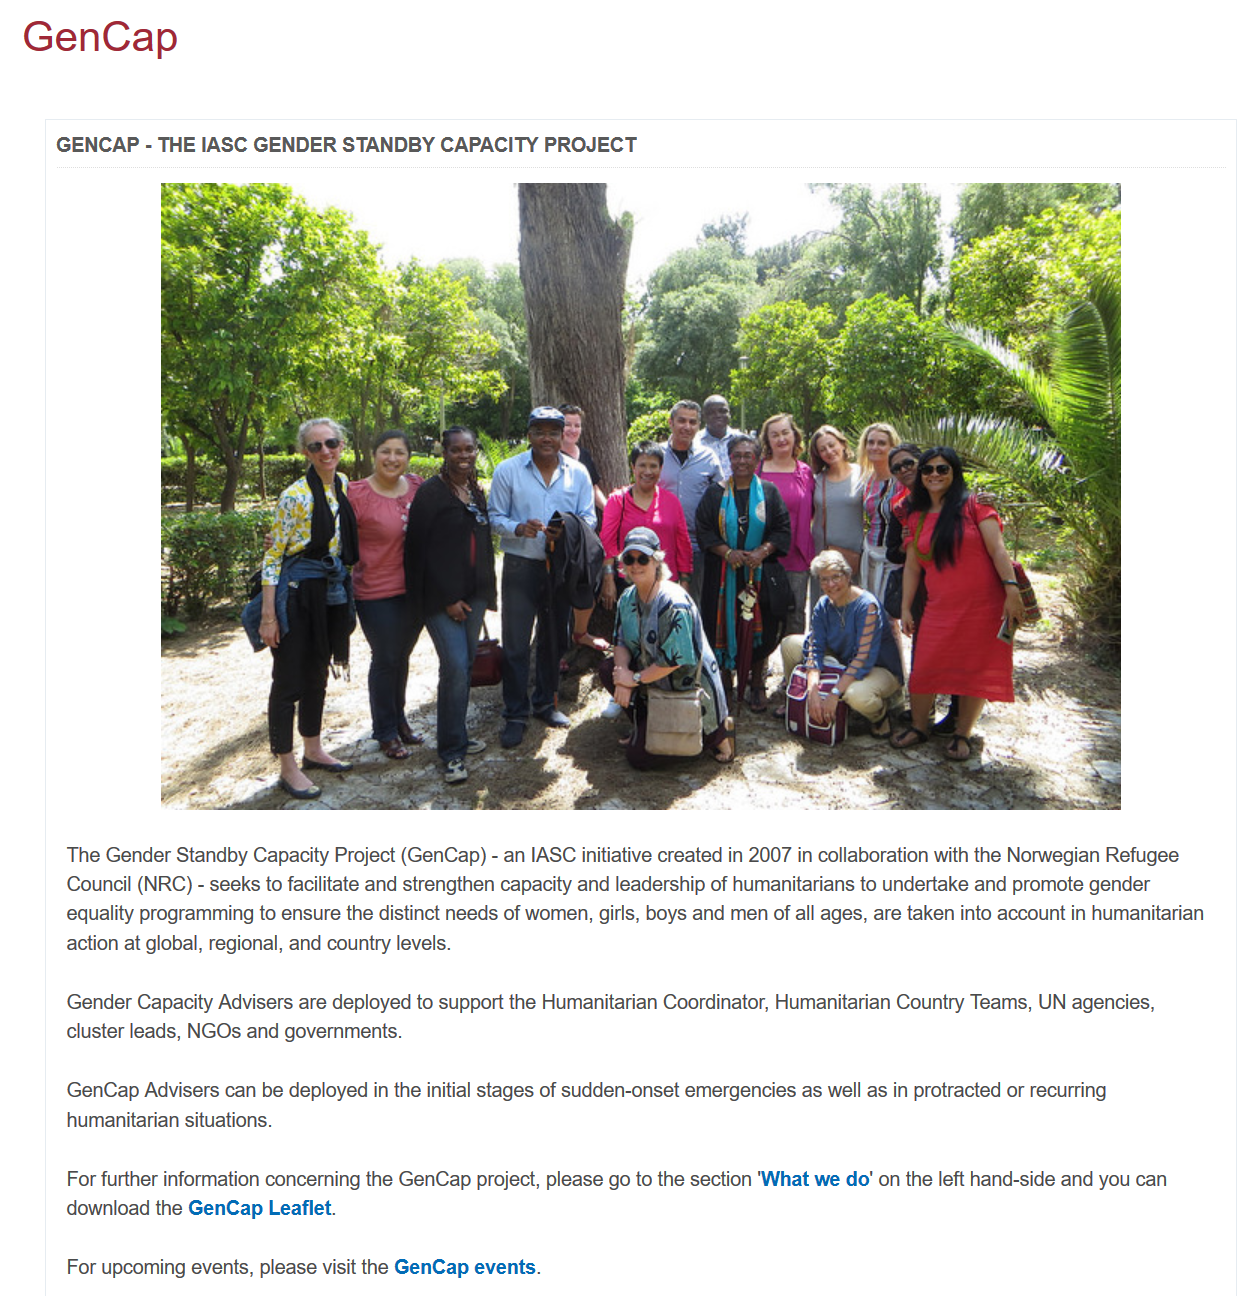
The Gender Standby Capacity Project (GenCap) - an IASC initiative created in 2007 in collaboration with the Norwegian Refugee
     Council (NRC) -
     seeks to facilitate and strengthen capacity and leadership of humanitarians to undertake and promote gender
     equality programming to ensure the distinct needs of women, girls, boys and men of all ages, are taken into account in humanitarian
     action at global, regional, and country levels.
     Gender Capacity Advisers are deployed to support the Humanitarian Coordinator, Humanitarian Country Teams, UN agencies,
     cluster leads, NGOs and governments.
     GenCap Advisers can be deployed in the initial stages of sudden-onset emergencies as well as in protracted or recurring
     humanitarian situations.
     For further information concerning the GenCap project, please go to the section 'What we do' on the left hand-side and you can
     download the GenCap Leaflet.
     GENCAP
     -
     THE IASC GENDER   STANDBY  CAPACITY  PROJECT
   GenCap
     For upcoming events, please visit the GenCap events.